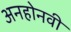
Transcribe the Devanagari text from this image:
अनहोनवी